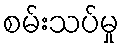
စမ်းသပ်မှု